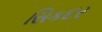
સિકદર